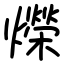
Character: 爃